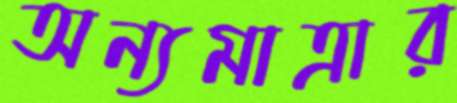
অন্যমাত্রার